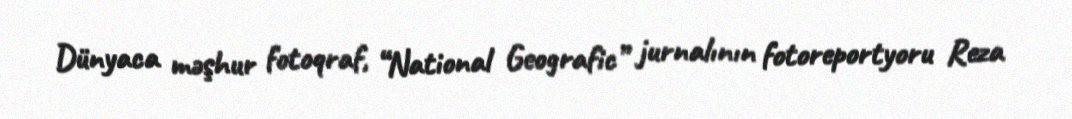
Dünyaca məşhur fotoqraf, “National Geografic” jurnalının fotoreportyoru Reza